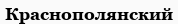
Краснополянский